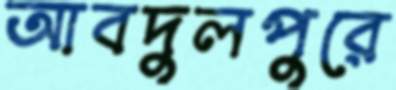
আবদুলপুরে